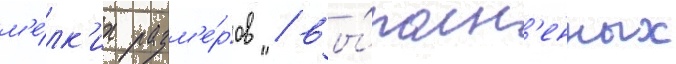
м'е́лк'их разм'е́ров / вы́полн'енных